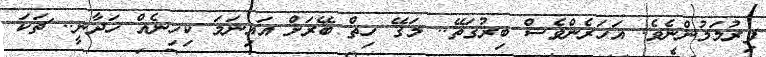
ފިރުމަމުންނެވެ. އަހަރެންވެސް ބިރުގަތޭ.. މަގޭ ހިތް ބޭރަށް އައިނަމަ ކިހިނެއް ހަދާނީ.. ޗަކަ